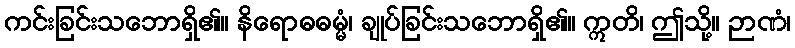
ကင်းခြင်းသဘောရှိ၏။ နိရောဓဓမ္မံ၊ ချုပ်ခြင်းသဘောရှိ၏။ ဣတိ၊ ဤသို့။ ဉာဏံ၊